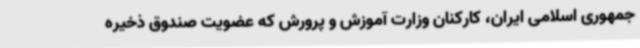
جمهوری اسلامی ایران، کارکنان وزارت آموزش و پرورش که عضویت صندوق ذخیره